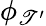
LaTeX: \phi_{\mathscr{T}^{\prime}}